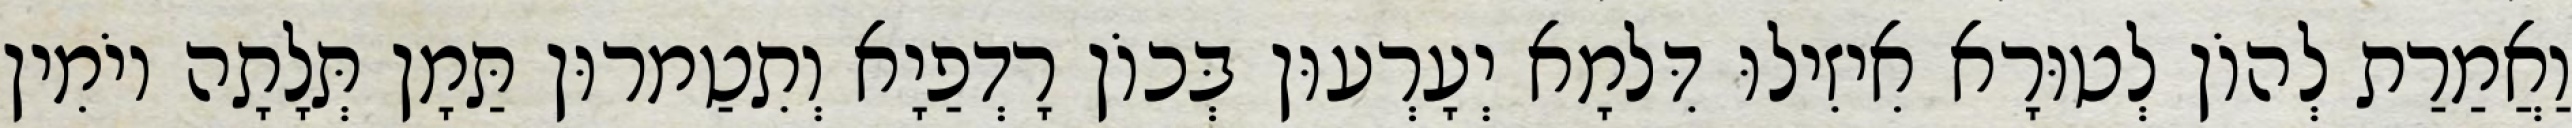
וַאֲמַרַת לְהוֹן לְטוּרָא אִיזִילוּ דִּלמָא יְעָרְעוּן בְּכוֹן רָדְפַיָא וְתִטַמרוּן תַּמָן תְּלָתָה יוֹמִין